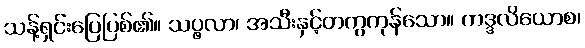
သန့်ရှင်းပြေပြစ်၏။ သပ္ဖလာ၊ အသီးနှင့်တကွကုန်သော။ ကဒ္ဒလိယောစ၊